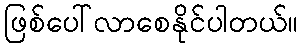
ဖြစ်ပေါ်လာစေနိုင်ပါတယ်။